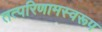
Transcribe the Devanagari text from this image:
तत्परिणामस्वरूप